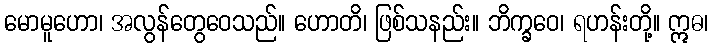
မောမူဟော၊ အလွန်တွေဝေသည်။ ဟောတိ၊ ဖြစ်သနည်း။ ဘိက္ခဝေ၊ ရဟန်းတို့။ ဣဓ၊